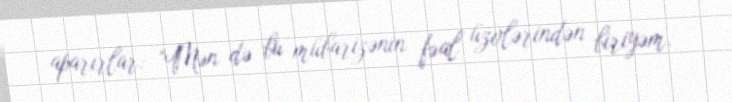
aparırlar: “Mən də bu mübarizənin fəal üzvlərindən biriyəm.